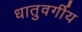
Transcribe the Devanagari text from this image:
धातुवर्गीय